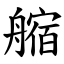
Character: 䑿